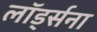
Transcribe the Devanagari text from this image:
लॉर्ड्सना